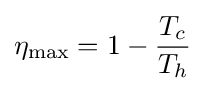
\eta _{\text{max}}=1-{\frac {T_{c}}{T_{h}}}